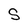
Character: S